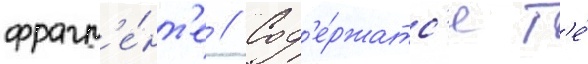
фрагм'е́нт'е // Сод'е́ржатс'я т'е́